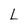
Character: L